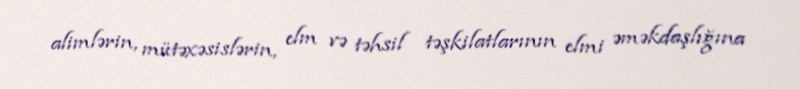
alimlərin, mütəxəsislərin, elm və təhsil təşkilatlarının elmi əməkdaşlığına